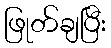
ဖြုတ်ချပြီး